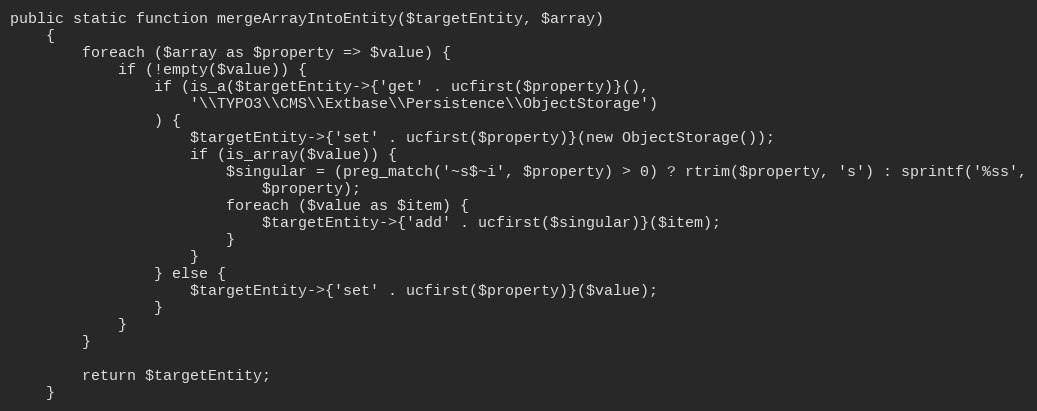
Language: PHP
public static function mergeArrayIntoEntity($targetEntity, $array)
    {
        foreach ($array as $property => $value) {
            if (!empty($value)) {
                if (is_a($targetEntity->{'get' . ucfirst($property)}(),
                    '\\TYPO3\\CMS\\Extbase\\Persistence\\ObjectStorage')
                ) {
                    $targetEntity->{'set' . ucfirst($property)}(new ObjectStorage());
                    if (is_array($value)) {
                        $singular = (preg_match('~s$~i', $property) > 0) ? rtrim($property, 's') : sprintf('%ss',
                            $property);
                        foreach ($value as $item) {
                            $targetEntity->{'add' . ucfirst($singular)}($item);
                        }
                    }
                } else {
                    $targetEntity->{'set' . ucfirst($property)}($value);
                }
            }
        }

        return $targetEntity;
    }